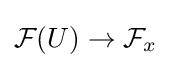
{\mathcal {F}}(U)\to {\mathcal {F}}_{x}